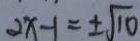
2 x - 1 = \pm \sqrt { 1 0 }